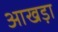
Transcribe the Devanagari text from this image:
आखड़ा